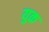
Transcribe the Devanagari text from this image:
युक